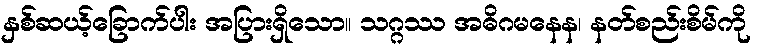
နှစ်ဆယ့်ခြောက်ပါး အပြားရှိသော။ သဂ္ဂဿ အဓိဂမနေန၊ နတ်စည်းစိမ်ကို